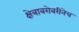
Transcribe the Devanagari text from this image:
क्षेत्राबरोबरीनेच